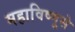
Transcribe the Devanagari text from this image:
महाविष्णुसे